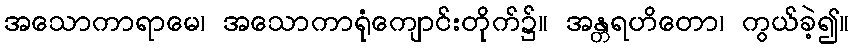
အသောကာရာမေ၊ အသောကာရုံကျောင်းတိုက်၌။ အန္တရဟိတော၊ ကွယ်ခဲ့၍။